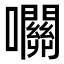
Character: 𡅭